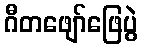
ဂီတဖျော်ဖြေပွဲ